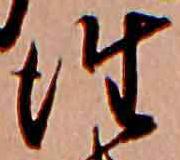
往